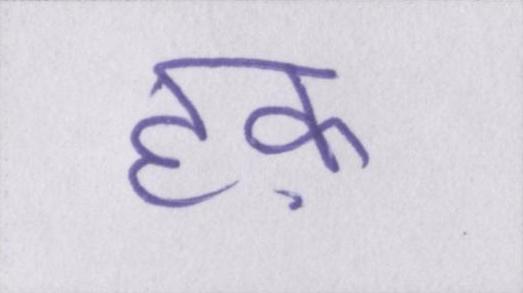
हक़